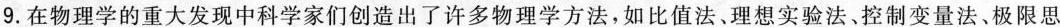
9.在物理学的重大发现中科学家们创造出了许多物理学方法，如比值法、理想实验法、控制变量法、极限思